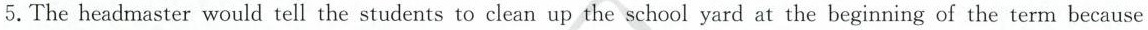
5.The headmaster would tell the students to clean up the school yard at the beginning of the term because